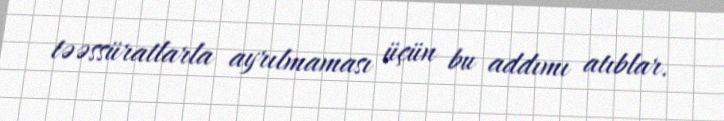
təəssüratlarla ayrılmaması üçün bu addımı atıblar.